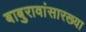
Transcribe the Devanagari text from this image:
बाबुरावांसारख्या